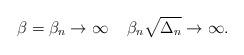
LaTeX: \begin{align*} \beta = \beta_n \rightarrow \infty\;\;\;\;\beta_n \sqrt{\Delta_n} \rightarrow \infty.\end{align*}